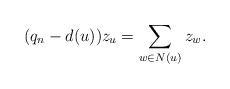
LaTeX: \begin{align*}(q_n - d(u)) z_u = \sum_{w\in N(u)} z_w.\end{align*}